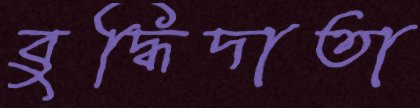
বুদ্ধিদাতা